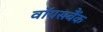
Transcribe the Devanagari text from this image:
वॉयसबैंक